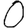
Digit: 0